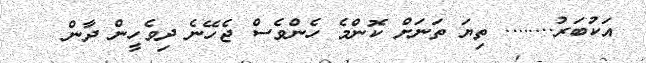
އަކުބަރު........ ތިޔަ ތަނަށް ކޮންމެ ހެންވެސް ޖެހޭނެ ދިވެހީން ދާން ???